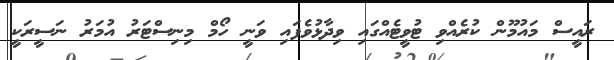
ރައީސް މައުމޫން ކުރެއްވި ޓުވީޓެއްގައި ވިދާޅުވެފައި ވަނީ ހޯމް މިނިސްޓަރު އުމަރު ނަސީރަކީ